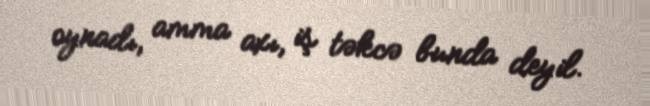
oynadı, amma axı, iş təkcə bunda deyil.